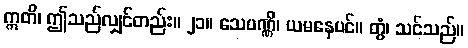
ဣတိ၊ ဤသည်လျှင်တည်း။ ၂၁။ သေပဏ္ဏိ၊ ယမနေပင်။ တွံ၊ သင်သည်။